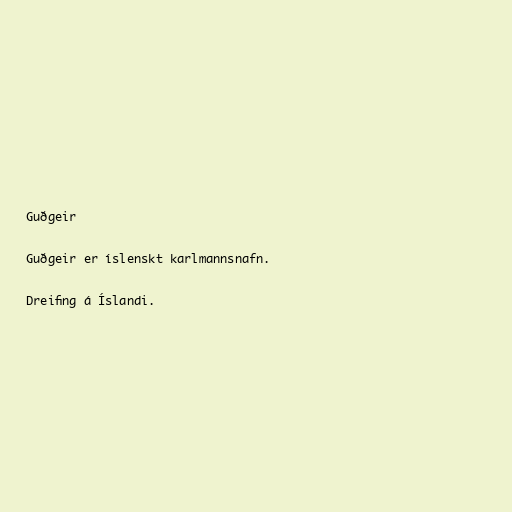
Guðgeir

Guðgeir er íslenskt karlmannsnafn.

Dreifing á Íslandi.